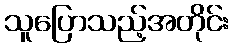
သူပြောသည့်အတိုင်း